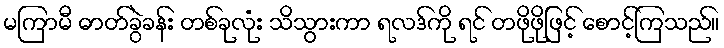
မကြာမီ ဓာတ်ခွဲခန်း တစ်ခုလုံး သိသွားကာ ရလဒ်ကို ရင် တဖိုဖိုဖြင့် စောင့်ကြသည်။